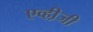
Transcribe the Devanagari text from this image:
एव्ही़जी